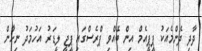
ދާދި ދެންމެއަކު ޕީޕީއެމް އިން ބޭއްވި ޕްރެސްގައި ޕީޖީ ލީޑަރު އަހުމަދު ނިހާން